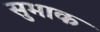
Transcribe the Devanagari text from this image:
सुमाक